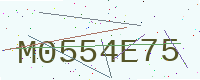
Text: M0554E75